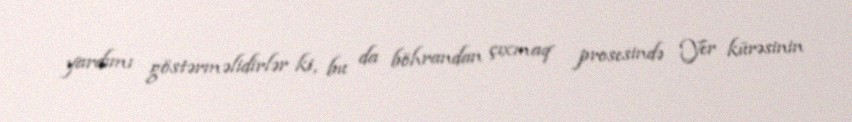
yardımı göstərməlidirlər ki, bu da böhrandan çıxmaq prosesində Yer kürəsinin